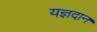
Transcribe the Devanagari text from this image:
यज्ञदान